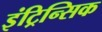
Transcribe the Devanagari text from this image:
इंट्रिन्सिक